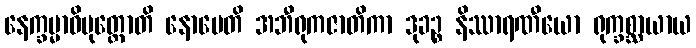
နေက္ခမ္မာဓိမုတ္တောတိ နောပေတိ အဘီရုကဇာတိကာ ဒုခဉ္စ နိဿာရဏီယော ရုက္ခစ္ဆာယာယ